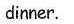
dinner.